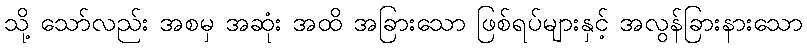
သို့ သော်လည်း အစမှ အဆုံး အထိ အခြားသော ဖြစ်ရပ်များနှင့် အလွန်ခြားနားသော